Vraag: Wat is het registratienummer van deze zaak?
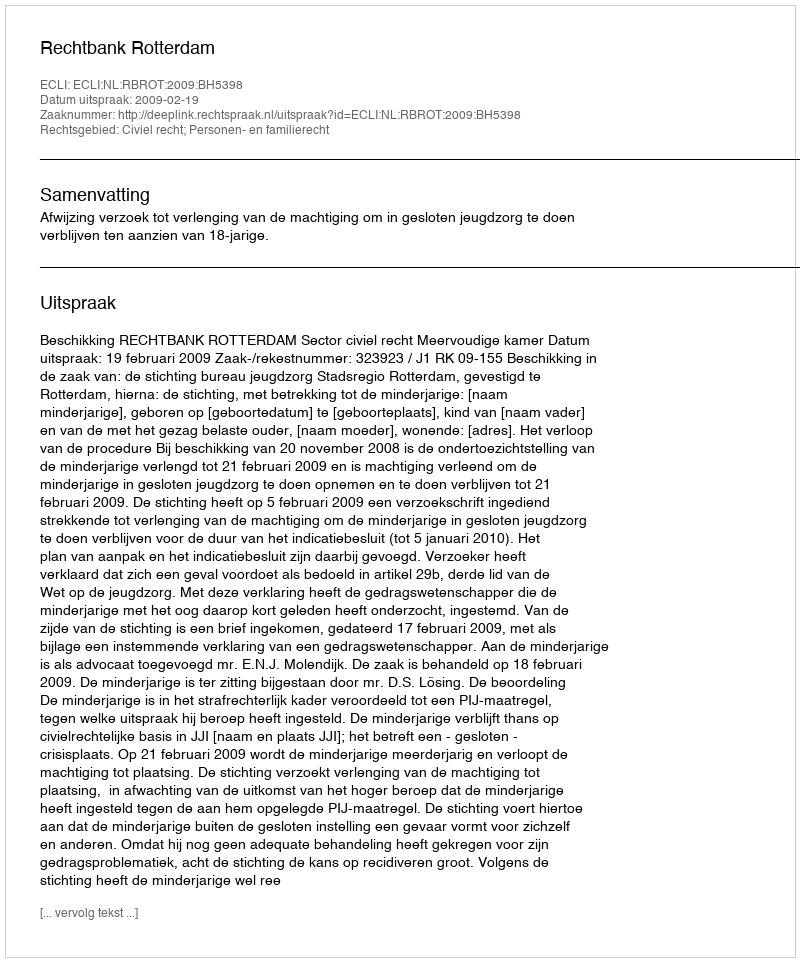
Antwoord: http://deeplink.rechtspraak.nl/uitspraak?id=ECLI:NL:RBROT:2009:BH5398